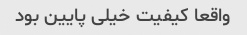
واقعا کیفیت خیلی پایین بود